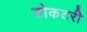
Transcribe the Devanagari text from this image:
डोकटरी